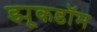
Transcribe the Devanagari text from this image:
ड्यूकडॉम